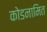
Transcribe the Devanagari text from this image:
कोडनामित